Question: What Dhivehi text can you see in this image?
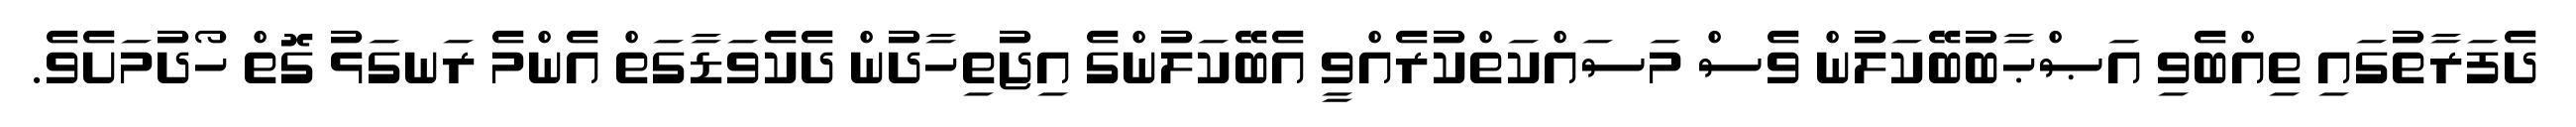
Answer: ދެފަރާތުގައި ތިއްބެވި އަޞްޙާބުބޭކަލުން ވެސް މަސައްކަތްކުރެއްވީ އެބޭކަލުންގެ އިޖުތިހާދުން ދެކެވަޑާގަތް އެންމެ ރަނގަޅު ގޮތް ހޯދުމަށެވެ.